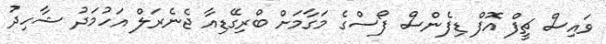
ވައިސް ޗީފް އޮފް ޑިފެންސް ފޯސްގެ މަގާމަށް ބްރިގޭޑިއާ ޖެނެރަލް އަހުމަދު ޝާހިދު